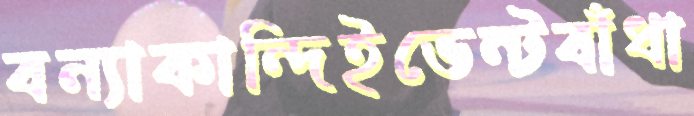
বন্যাকান্দিইভেন্টবাঁধা